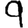
Digit: 9